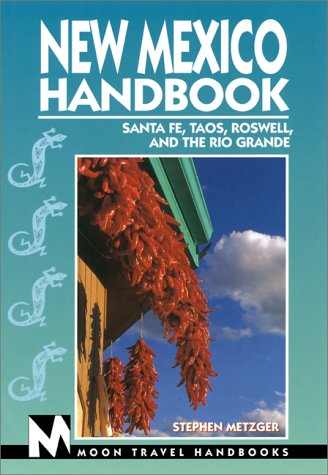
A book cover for New Mexico, 5th Ed. (Moon Handbooks); Steve Metzger; Travel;